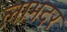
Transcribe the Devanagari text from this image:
लाभदर